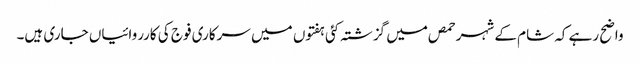
واضح رہے کہ شام کے شہر حمص میں گزشتہ کئی ہفتوں میں سرکاری فوج کی کارروائیاں جاری ہیں۔